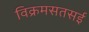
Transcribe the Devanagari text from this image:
विक्रमसतसई